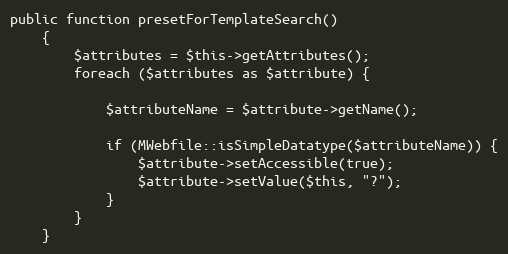
Language: PHP
public function presetForTemplateSearch()
    {
        $attributes = $this->getAttributes();
        foreach ($attributes as $attribute) {

            $attributeName = $attribute->getName();

            if (MWebfile::isSimpleDatatype($attributeName)) {
                $attribute->setAccessible(true);
                $attribute->setValue($this, "?");
            }
        }
    }